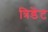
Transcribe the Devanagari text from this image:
त्रिडेंट